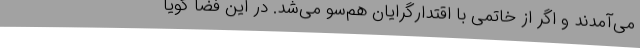
می‌آمدند و اگر از خاتمی با اقتدارگرایان هم‌سو می‌شد. در این فضا گویا